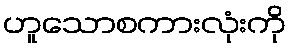
ဟူသောစကားလုံးကို